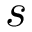
\boldsymbol { s }